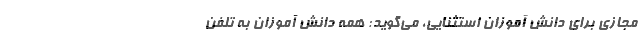
مجازی برای دانش آموزان استثنایی، می‌گوید: همه دانش آموزان به تلفن